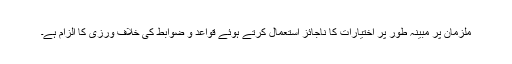
ملزمان پر مبینہ طور پر اختیارات کا ناجائز استعمال کرتے ہوئے قواعد و ضوابط کی خلاف ورزی کا الزام ہے۔